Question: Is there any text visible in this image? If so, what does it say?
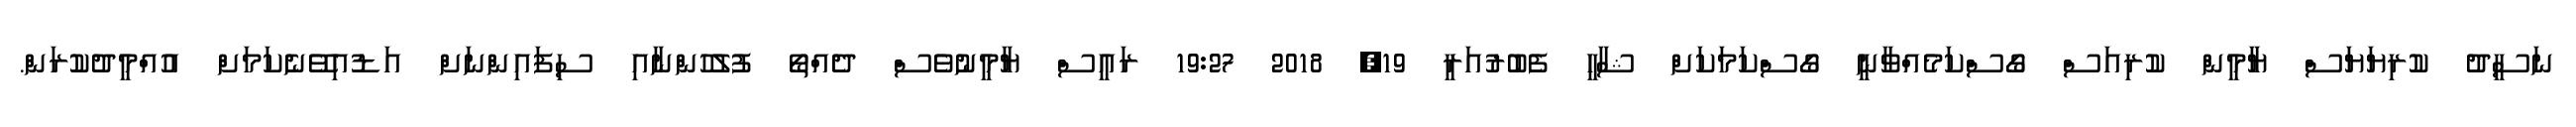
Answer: ނަސީދު ކުރިޔަޔަސް ޔާމީން ކުރިއަސް ގޯސްކަމެއްވާނީ ގޯސްކަމަކަށް ޝާހީ ފެބުރުއަރީ 19, 2018 19:27 ރައީސް ޔާމީނުވެސް ދެއްތޯ ފުލުހުންނާއި ސިފައިންނަށް އަޑުއިވޭނެކަމަށް އުއްމީދުކުރަން.